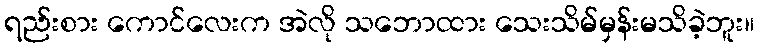
ရည်းစား ကောင်လေးက အဲလို သဘောထား သေးသိမ်မှန်းမသိခဲ့ဘူး။